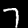
Digit: 7